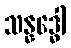
သန္နဒ္ဓေါ